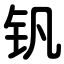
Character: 钒